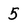
Character: 5